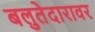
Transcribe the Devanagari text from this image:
बलुतेदारावर